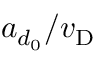
a _ { d _ { 0 } } / v _ { \mathrm { D } }